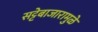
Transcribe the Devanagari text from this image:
सट्टेबाजारामुळे